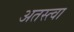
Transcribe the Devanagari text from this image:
अतस्त्वा